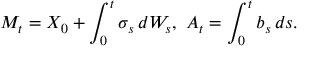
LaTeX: M _ { t } = X _ { 0 } + \int _ { 0 } ^ { t } \sigma _ { s } \, d W _ { s } , \ A _ { t } = \int _ { 0 } ^ { t } b _ { s } \, d s .